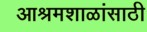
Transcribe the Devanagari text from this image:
आश्रमशाळांसाठी